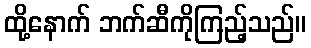
ထို့နောက် ဘက်ဆီကိုကြည့်သည်။